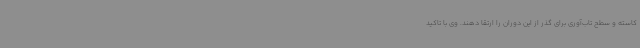
کاسته و سطح تاب‌آوری برای گذر از این دوران را ارتقا دهند. وی با تاکید